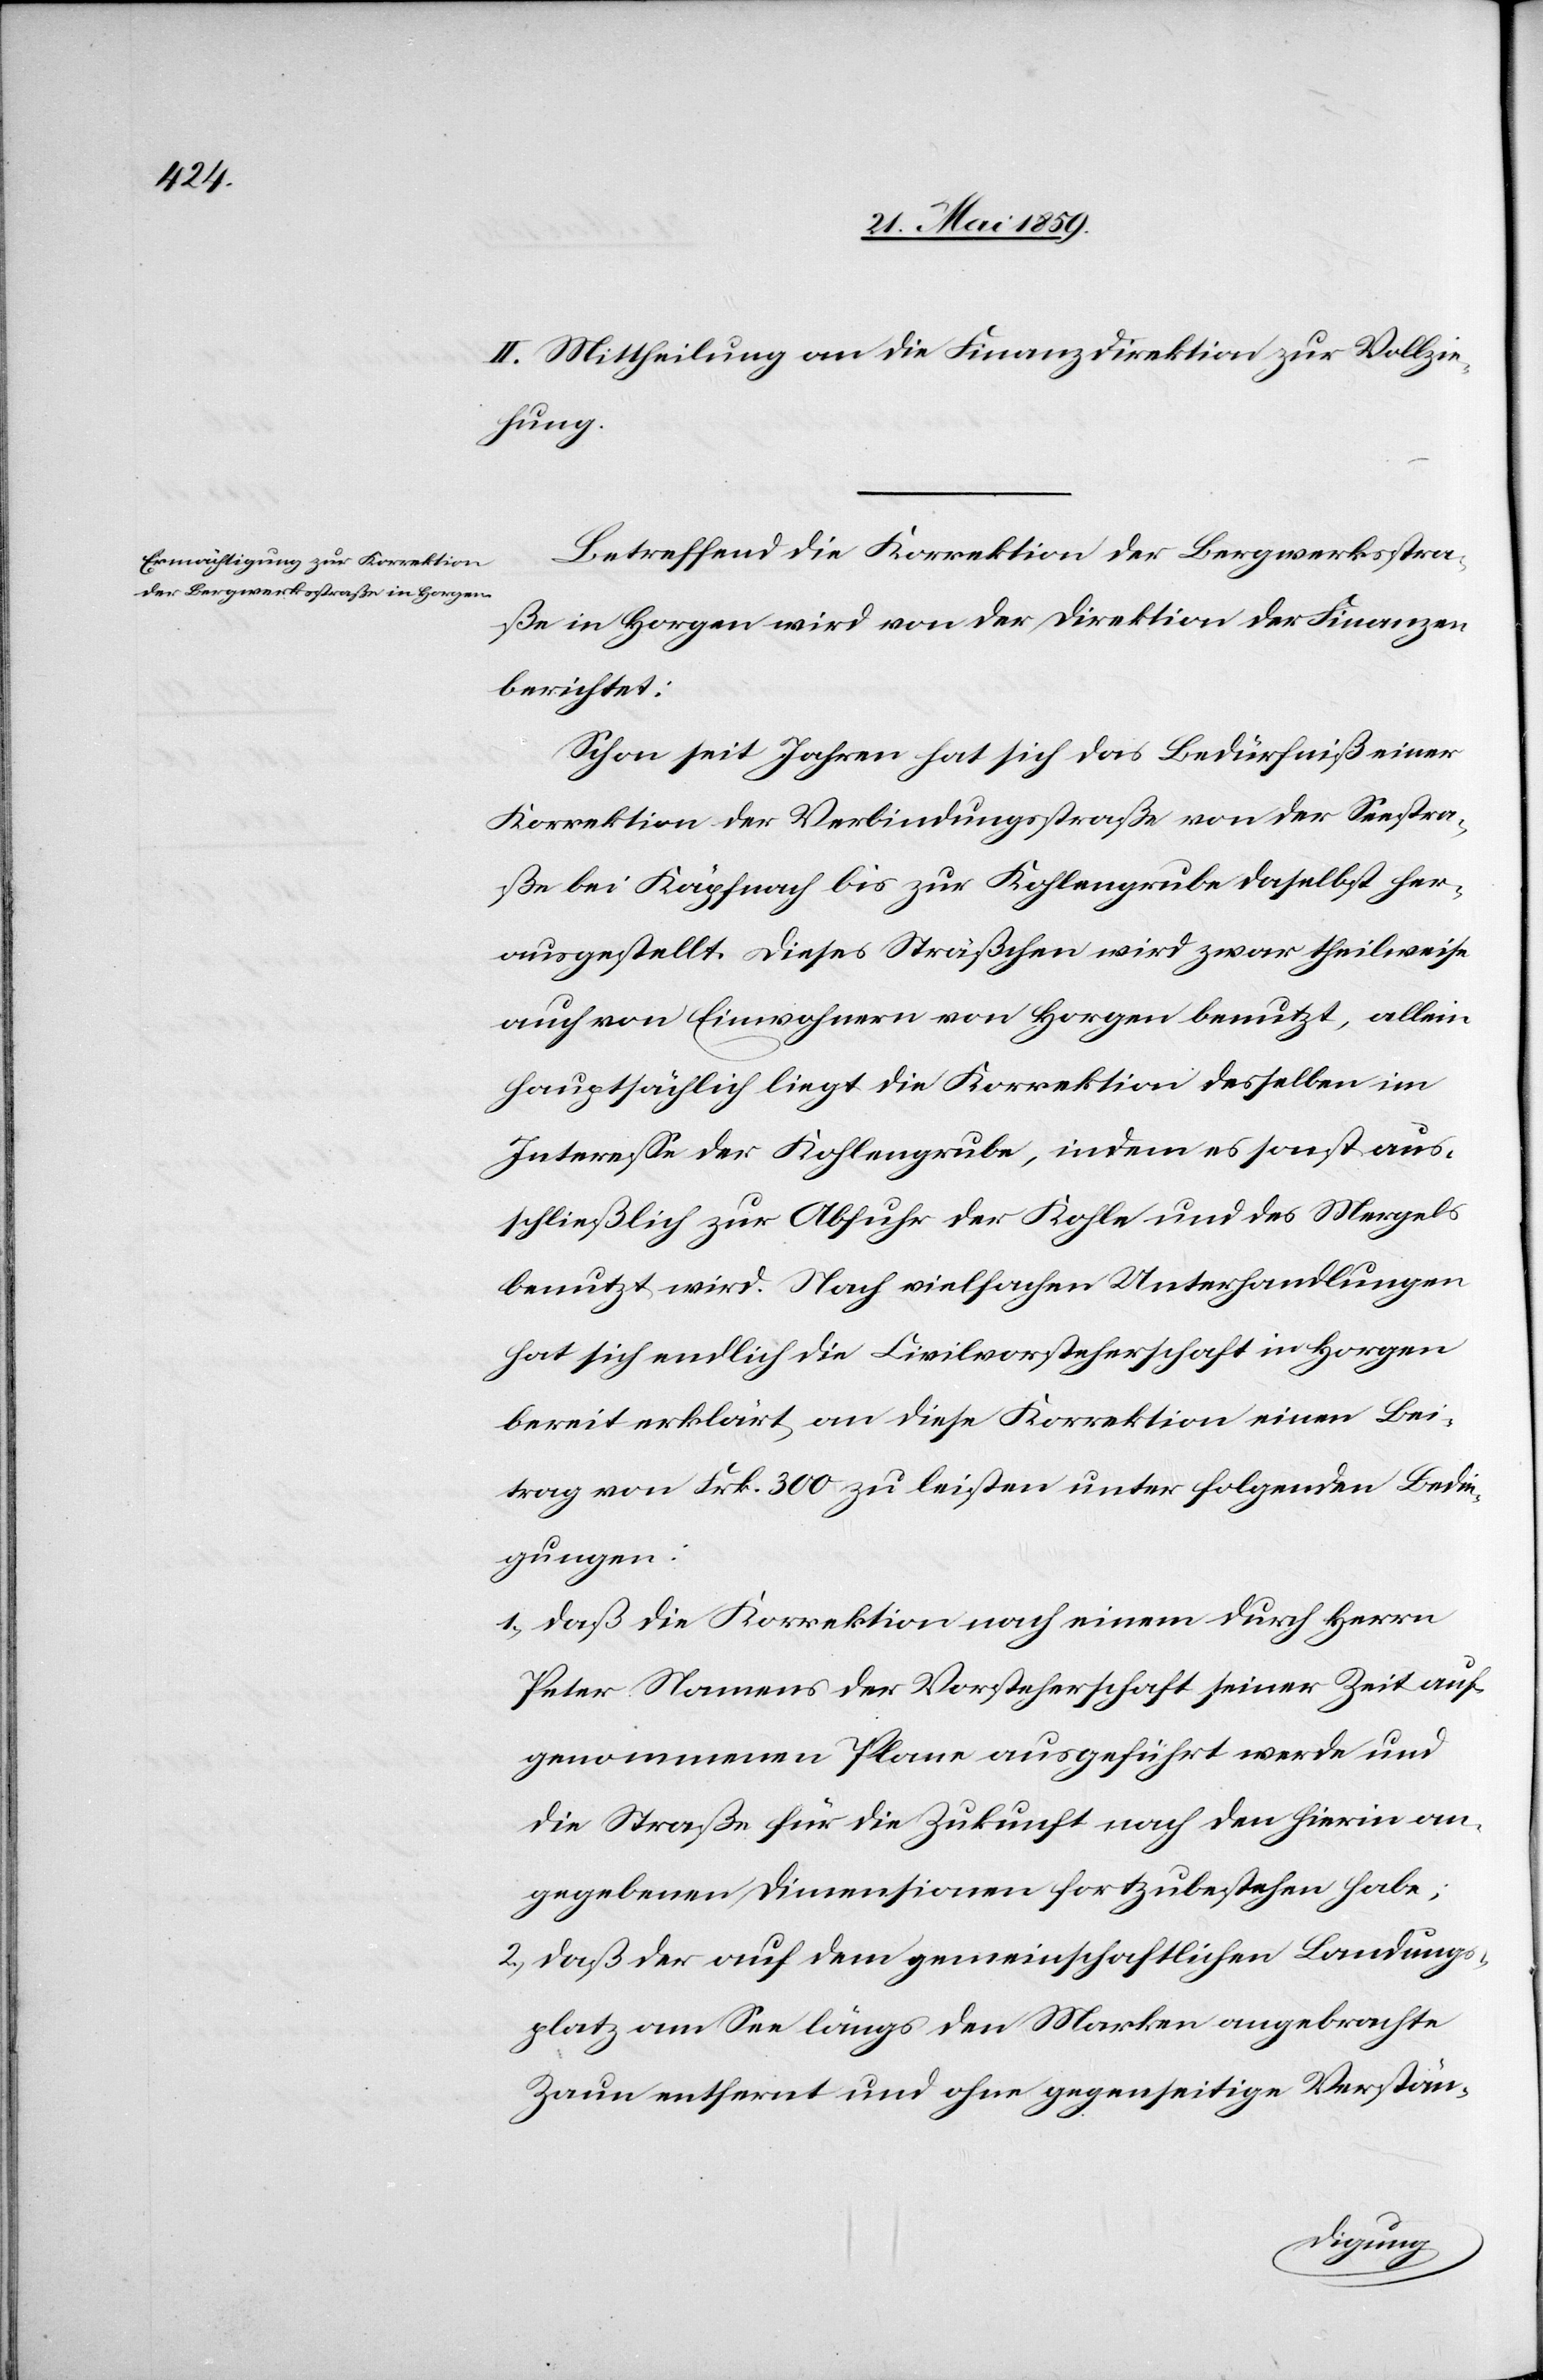
II. Mittheilung an die Finanzdirektion zur Vollzie¬
hung.
Betreffend die Korrektion der Bergwerksstra¬
ße in Horgen wird von der Direktion der Finanzen
berichtet:
Schon seit Jahren hat sich das Bedürfniß einer
Korrektion der Verbindungsstraße von der Seestra¬
ße bei Käpfnach bis zur Kohlengrube daselbst her¬
ausgestellt. Dieses Sträßchen wird zwar theilweise
auch von Einwohnern von Horgen benutzt, allein
hauptsächlich liegt die Korrektion derselben im
Intereße der Kohlengrube, indem es sonst aus¬
schließlich zur Abfuhr der Kohle und des Mergels
benutzt wird. Nach vielfachen Unterhandlungen
hat sich endlich die Civilvorsteherschaft in Horgen
bereit erklärt, an diese Korrektion einen Bei¬
trag von Frk. 300 zu leisten unter folgenden Bedin¬
gungen:
1) daß die Korrektion nach einem durch Herrn
Peter Namens der Vorsteherschaft seiner Zeit auf¬
genommenen Plane ausgeführt werde und
die Straße für die Zukunft nach den hierin an¬
gegebenen Dimensionen fortzubestehen habe;
2) daß der auf dem gemeinschaftlichen Landungs¬
platz am See längs den Marken angebrachte
Zaun entfernt und ohne gegenseitige Verstän-